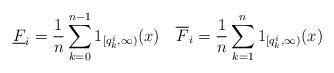
LaTeX: \begin{align*} \underline{F}_i=\frac1n\sum_{k=0}^{n-1}1_{[q^i_k,\infty)}(x)\quad\overline{F}_i=\frac1n\sum_{k=1}^{n}1_{[q^i_k,\infty)}(x)\end{align*}